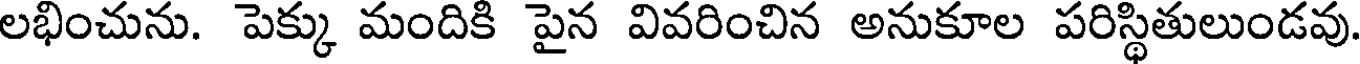
లభించును. పెక్కు మందికి పైన వివరించిన అనుకూల పరిస్థితులుండవు